Vaccination in Bombay 1924-1928 - 1924-1928
Year: 1924
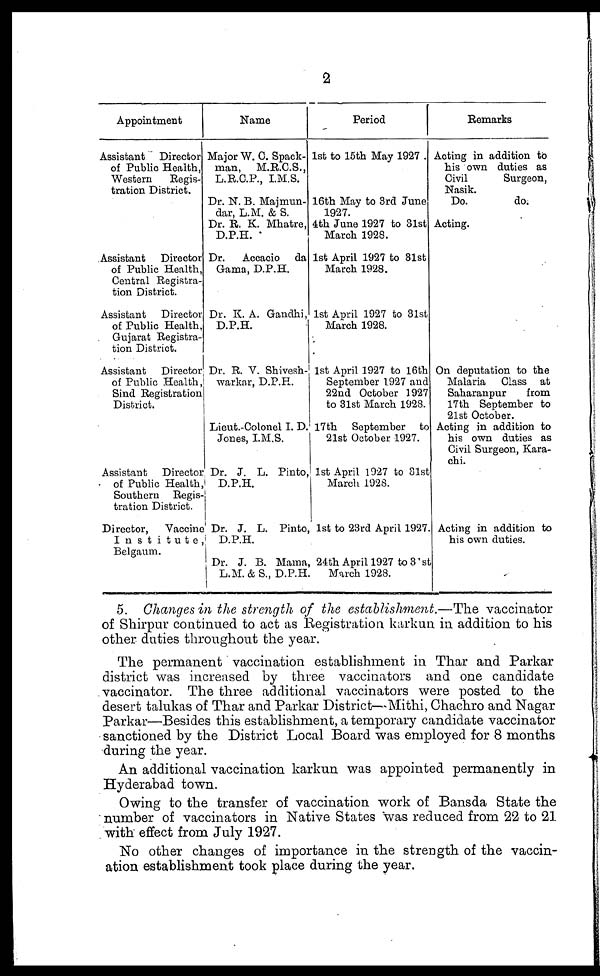
22
Appointment
AssistantDirector
of Public Health,
Western
Regis-
tration District.
Assistant
Director
of Public Health,
Central Registra-
tion District.
Assistant
Director
of Public Health,
Gujarat Registra-
tion District.
Assistant
Director
of Public Health,
Sind Registration
District.
Assistant
Director
of Public Health,
Southern Regis-
tration District.
Director,
Vaccine
Institute,
Belgaum.
Name
Major W. C. Spack¬
man,
M.R.C.S.,
L.R.C.P., I.M.S.
Dr. N. B. Majmun¬
dar, L.M. & S.
Dr. R. K. Mhatre,
D.P.H.
Dr.
Accacio da
Gama, D.P.H.
Dr. K. A. Gandhi,
D.P.H.
Dr. R. V. Shivesh¬
warkar, D.P.H.
Lieut.-Colonel I. D.
Jones, I.M.S.
Dr. J. L. Pinto,
D.P.H.
Dr. J. L.Pinto,
D.P.H.
Dr. J. B. Mama,
L.M. & S., D.P.H.
Period
1st to 15th May 1927.
16th May to 3rd June
1927.
4th June 1927 to 31st
March 1928.
1st April 1927 to 31st
March 1928.
1st April 1927 to 31st
March 1928.
1st April 1927 to 16th
September 1927 and
22nd October1927
to 31st March 1928.
17th September to
21st October 1927.
1st April 1927 to 31st
March 1928.
1st to 23rd April 1927.
24th April 1927 to 31st
March 1928.
Remarks
Acting in addition to
his own duties as
Civil
Surgeon,
Nasik.
Do.
do.
Acting.
On deputation to the
Malaria
Class at
Saharanpur
from
17th September to
21st October.
Acting in addition to
his own duties as
Civil Surgeon, Kara-
chi.
Acting in addition to
his own duties.
5. Changes in the strength of the establishment.—The vaccinator
of Shirpur continued to act as Registration karkun in addition to his
other duties throughout the year.
The permanent vaccination establishment in Thar and Parkar
district was increased by three vaccinators and one candidate
vaccinator. The three additional vaccinators were posted to the
desert talukas of Thar and Parkar District—Mithi, Chachro and Nagar
Parkar—Besides this establishment, a temporary candidate vaccinator
sanctioned by the District Local Board was employed for 8 months
during the year.
An additional vaccination karkun was appointed permanently in
Hyderabad town.
Owing to the transfer of vaccination work of Bansda State the
number of vaccinators in Native States was reduced from 22 to 21
with effect from July 1927.
No other changes of importance in the strength of the vaccin-
ation establishment took place during the year.